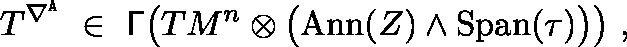
T ^ { \nabla ^ { \mathtt { A } } } \ \in \ \mathsf { \Gamma } \bigl ( T M ^ { n } \otimes \big ( \mathrm { A n n } ( Z ) \wedge \mathrm { S p a n } ( \tau ) \big ) \bigr ) \ ,